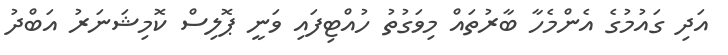
އަދި ގައުމުގެ އެންމެހާ ބާރުތައް މިވަގުތު ހުއްޓިފައި ވަނީ ޕޮލިސް ކޮމިޝަނަރު އަބްދު